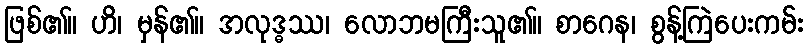
ဖြစ်၏။ ဟိ၊ မှန်၏။ အလုဒ္ဓဿ၊ လောဘမကြီးသူ၏။ စာဂေန၊ စွန့်ကြဲပေးကမ်း